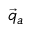
\vec { q } _ { a }